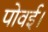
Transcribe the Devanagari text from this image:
पोवई।